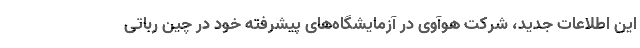
این اطلاعات جدید، شرکت هوآوی در آزمایشگاه‌های پیشرفته خود در چین رباتی